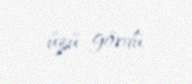
üzü gördü.